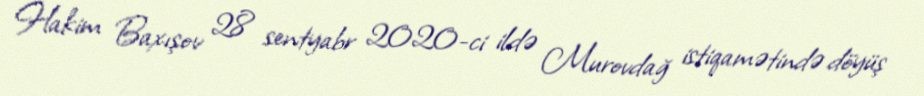
Hakim Baxışov 28 sentyabr 2020-ci ildə Murovdağ istiqamətində döyüş